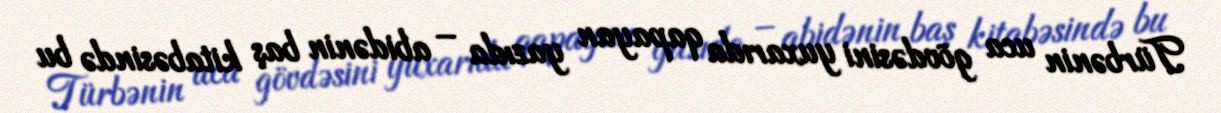
Türbənin uca gövdəsini yuxarıda qapayan yazıda – abidənin baş kitabəsində bu